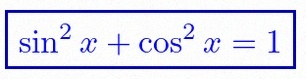
\sin^2x+\cos^2x=1